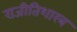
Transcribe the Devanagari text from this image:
राजीतिशारत्र